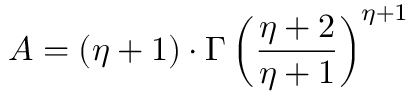
A = ( \eta + 1 ) \cdot \Gamma \left( \frac { \eta + 2 } { \eta + 1 } \right) ^ { \eta + 1 }